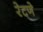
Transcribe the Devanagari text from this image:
रेटणे